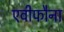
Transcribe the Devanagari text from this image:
एवीफौना